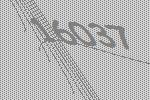
16037